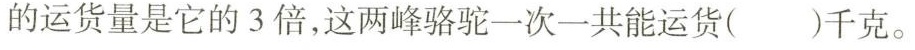
的运货量是它的3倍，这两峰骆驼一次一共能运货( )千克。